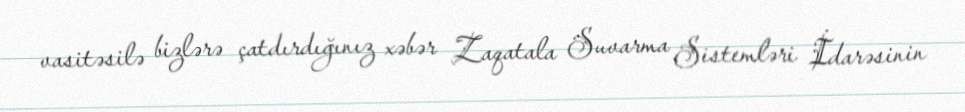
vasitəsilə bizlərə çatdırdığınız xəbər Zaqatala Suvarma Sistemləri İdarəsinin